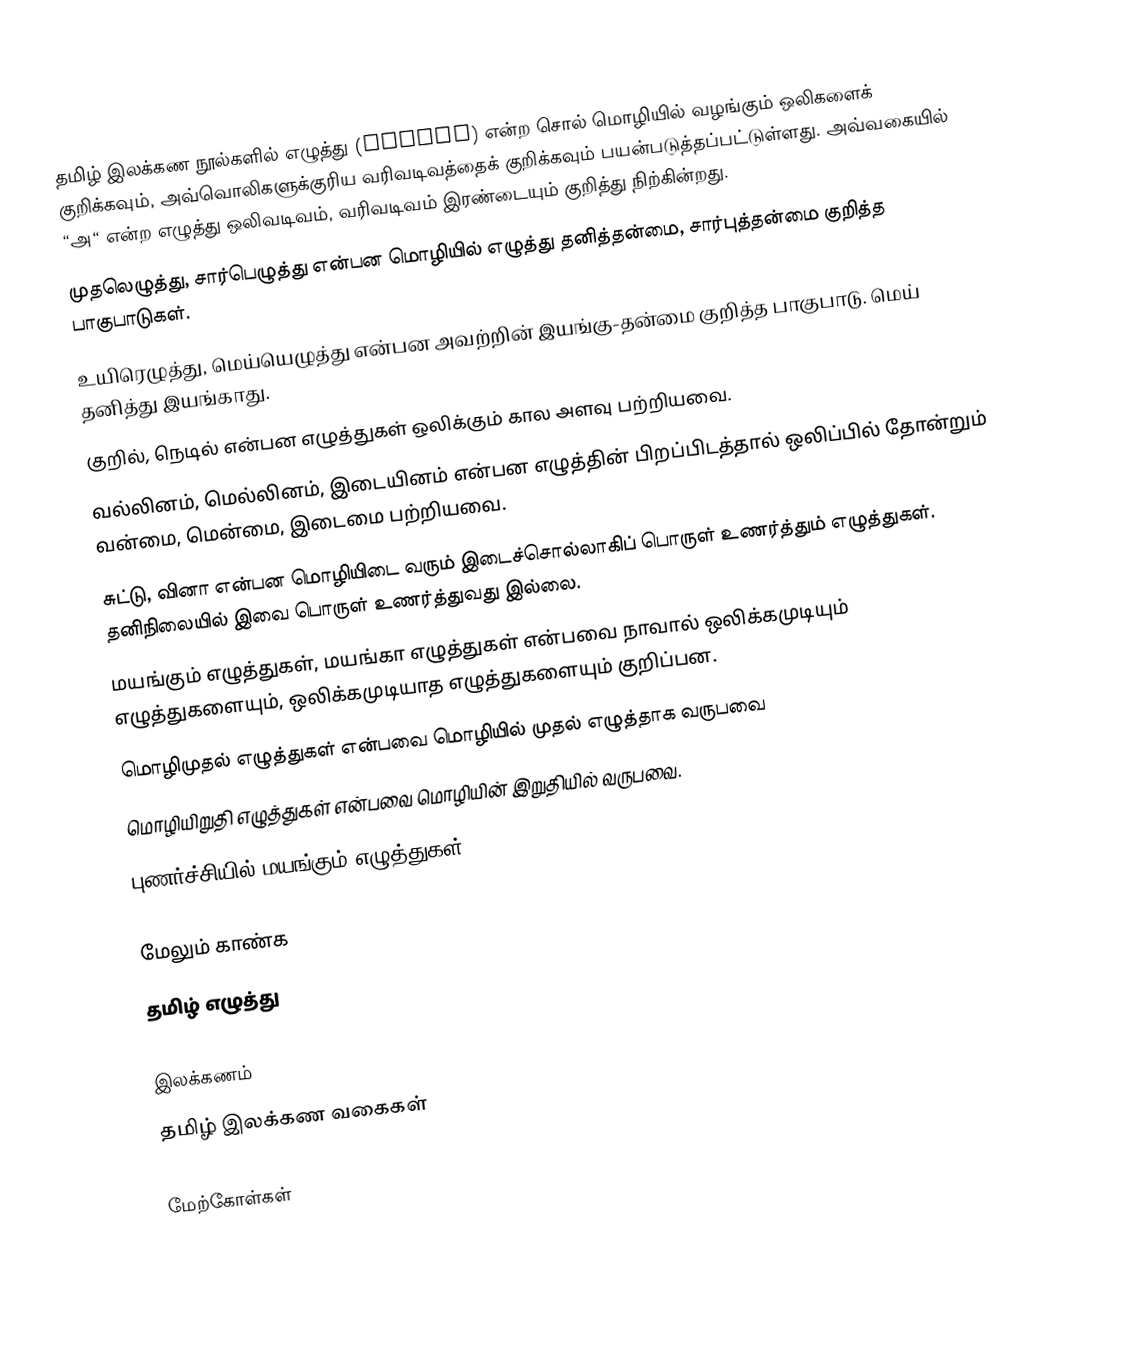
தமிழ் இலக்கண நூல்களில் எழுத்து (letter) என்ற சொல் மொழியில் வழங்கும் ஒலிகளைக் குறிக்கவும், அவ்வொலிகளுக்குரிய வரிவடிவத்தைக் குறிக்கவும் பயன்படுத்தப்பட்டுள்ளது. அவ்வகையில் “அ“ என்ற எழுத்து ஒலிவடிவம், வரிவடிவம் இரண்டையும் குறித்து நிற்கின்றது.
 முதலெழுத்து, சார்பெழுத்து என்பன மொழியில் எழுத்து தனித்தன்மை, சார்புத்தன்மை குறித்த பாகுபாடுகள்.
 உயிரெழுத்து, மெய்யெழுத்து என்பன அவற்றின் இயங்கு-தன்மை குறித்த பாகுபாடு. மெய் தனித்து இயங்காது.
 குறில், நெடில் என்பன எழுத்துகள் ஒலிக்கும் கால அளவு பற்றியவை.
 வல்லினம், மெல்லினம், இடையினம் என்பன எழுத்தின் பிறப்பிடத்தால் ஒலிப்பில் தோன்றும் வன்மை, மென்மை, இடைமை பற்றியவை.
 சுட்டு, வினா என்பன மொழியிடை வரும் இடைச்சொல்லாகிப் பொருள் உணர்த்தும் எழுத்துகள். தனிநிலையில் இவை பொருள் உணர்த்துவது இல்லை.
 மயங்கும் எழுத்துகள், மயங்கா எழுத்துகள் என்பவை நாவால் ஒலிக்கமுடியும் எழுத்துகளையும், ஒலிக்கமுடியாத எழுத்துகளையும் குறிப்பன.
 மொழிமுதல் எழுத்துகள் என்பவை மொழியில் முதல் எழுத்தாக வருபவை
 மொழியிறுதி எழுத்துகள் என்பவை மொழியின் இறுதியில் வருபவை.
 புணர்ச்சியில் மயங்கும் எழுத்துகள்

மேலும் காண்க
 தமிழ் எழுத்து

இலக்கணம்
தமிழ் இலக்கண வகைகள்

மேற்கோள்கள்

it:Lettera (alfabeto)